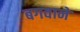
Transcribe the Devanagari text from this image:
बगवाने